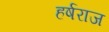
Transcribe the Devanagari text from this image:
हर्षराज